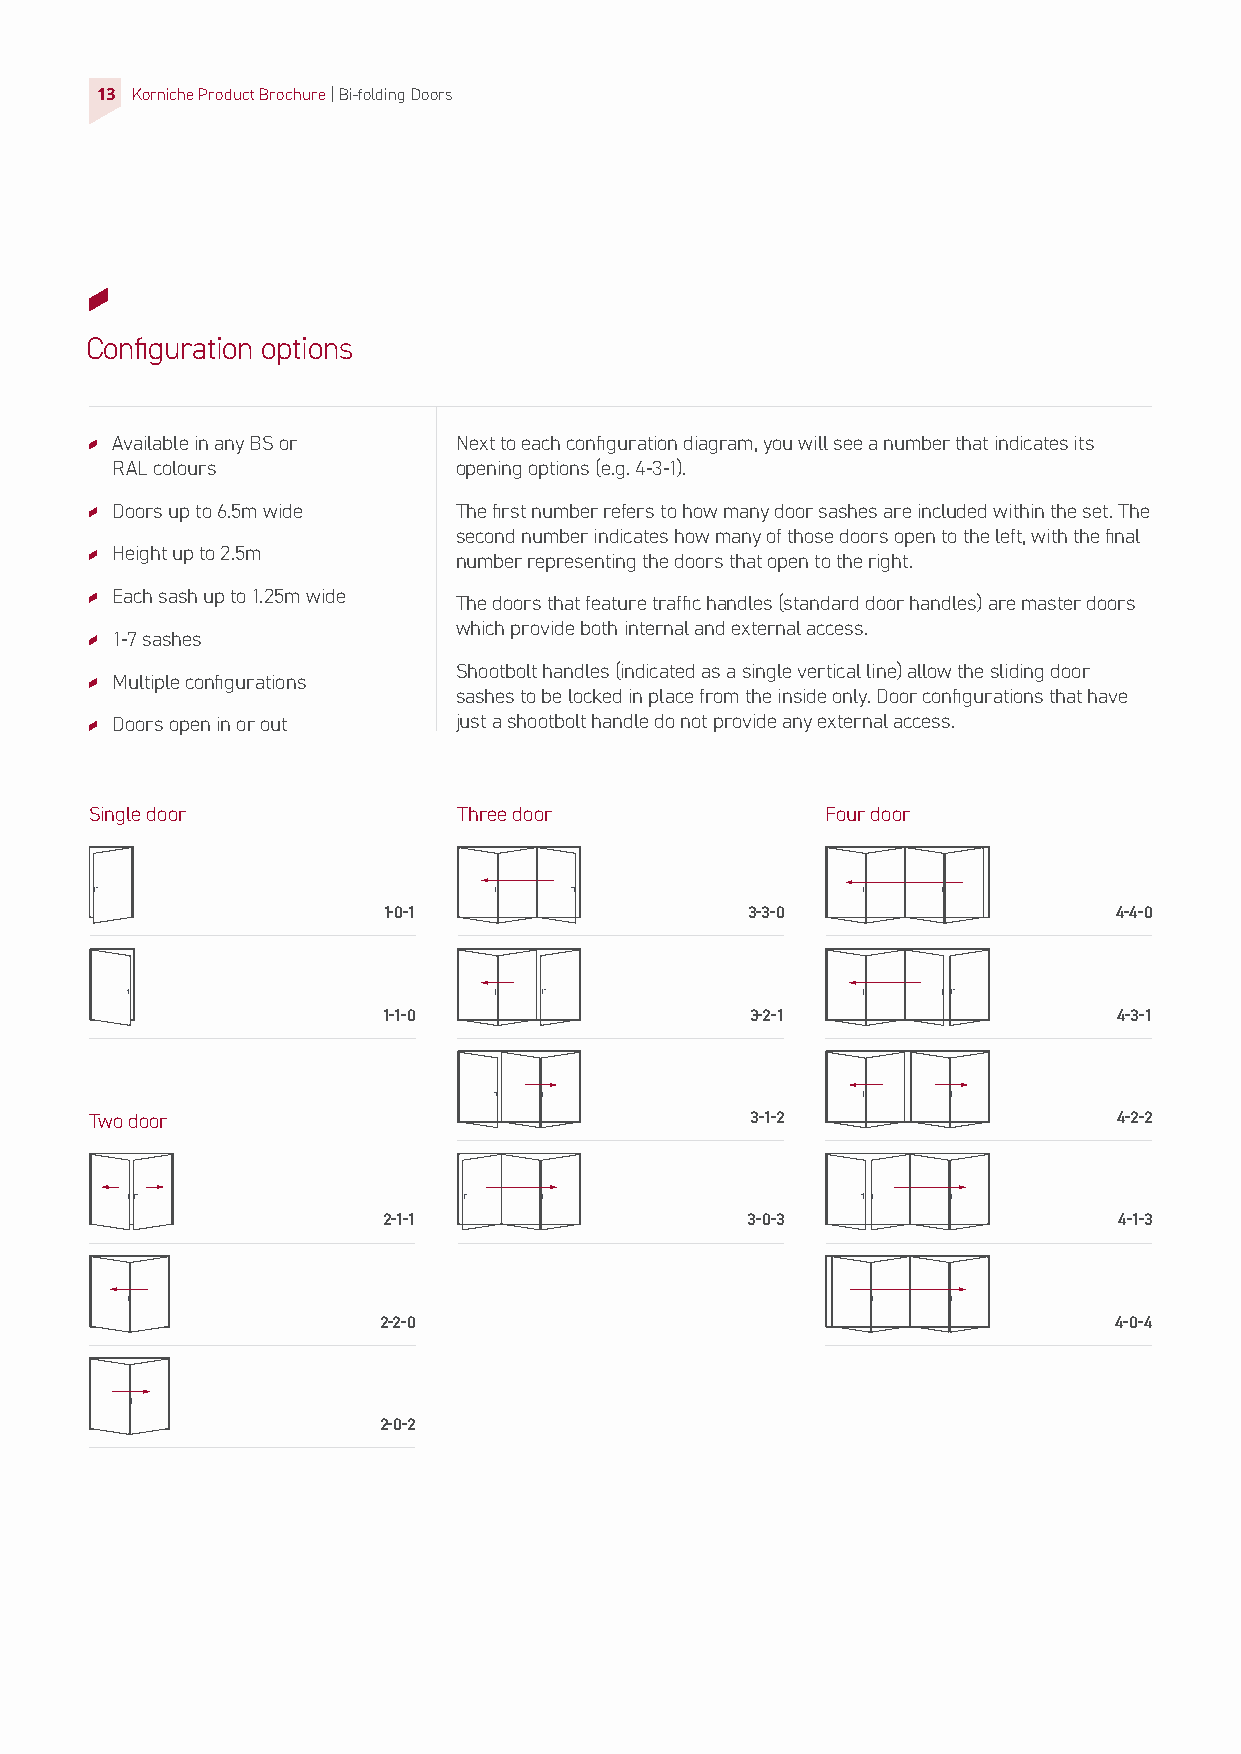
13 Korniche Product Brochure| Bi-folding Doors
 Configuration options
 Available in any BS or Next to each configuration diagram, you will see a number that indicates its
 RAL colours            opening options (e.g. 4-3-1).
 Doors up to 6.5m wide  The first number refers to how many door sashes are included within the set. The
 second number indicates how many of those doors open to the left, with the final
 Height up to 2.5m
 number representing the doors that open to the right.
 Each sash up to 1.25m wide
 The doors that feature traffic handles (standard door handles) are master doors
 which provide both internal and external access.
 1-7 sashes
 Shootbolt handles (indicated as a single vertical line) allow the sliding door
 Multiple configurations
 sashes to be locked in place from the inside only. Door configurations that have
 Doors open in or out   just a shootbolt handle do not provide any external access.
 Single door             Three door               Four door
 1-0-1                   3-3-0                    4-4-0
 1-1-0                    3-2-1                   4-3-1
 Two door                                    3-1-2                   4-2-2
 2-1-1                   3-0-3                    4-1-3
 2-2-0                                            4-0-4
 2-0-2